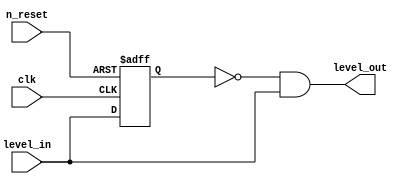
`timescale 1ns / 1ps
//////////////////////////////////////////////////////////////////////////////////
// Company: 
// Engineer: 
// 
// Design Name: 
// Module Name: low_edge_detect
// Project Name: 
// Target Devices: 
// Tool Versions: 
// Description: 
// 
// Dependencies: 
// 
// Revision:
// Revision 0.01 - File Created
// Additional Comments:
// 
//////////////////////////////////////////////////////////////////////////////////


module low_edge_detect(
    input level_in, clk, n_reset,
    output level_out
    );
    reg  delay_reg  ;
    always @(posedge  clk,  negedge  n_reset)
    begin
        if  ( n_reset == 0)
        begin
            delay_reg  <=  0;
        end
        else begin
            delay_reg  <=  level_in;
        end
    end
       assign  level_out  =  (~delay_reg)  &  (level_in);
       
    endmodule